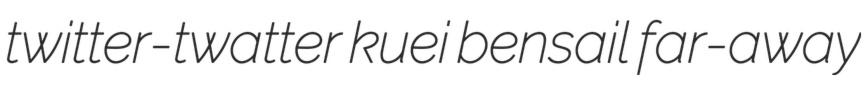
twitter-twatter kuei bensail far-away